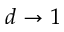
d \to 1